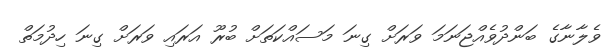
ވެލާނާގެ ބަންދުވެއްޖަނަމަ ވަރަށް ގިނަ މަސައްކަތަށް ބުރޫ އަރައި ވަރަށް ގިނަ ހިދުމަތް